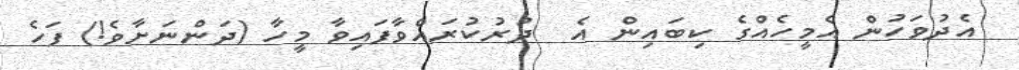
އެދުވަހުން އެމީހެއްގެ ކިބައިން އެ  ދުރުކުރައްވާފައިވާ މީހާ (ދަންނަށާވެ!) ފަހެ